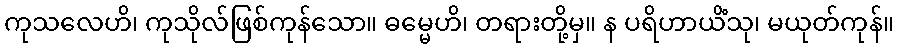
ကုသလေဟိ၊ ကုသိုလ်ဖြစ်ကုန်သော။ ဓမ္မေဟိ၊ တရားတို့မှ။ န ပရိဟာယိံသု၊ မယုတ်ကုန်။